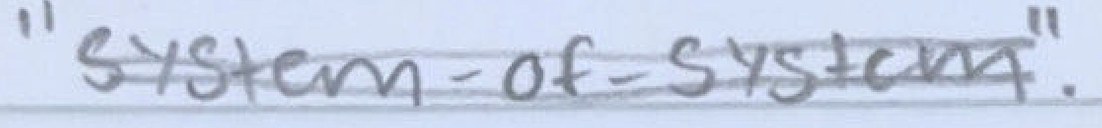
Text: "system-of-systems".
Cross-out: double-line
Writing tool: pencil